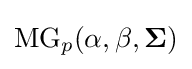
{\rm {MG}}_{p}(\alpha ,\beta ,{\boldsymbol {\Sigma }})